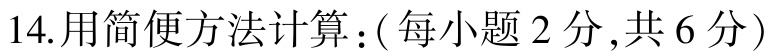
14.用简便方法计算：(每小题2分,共6分)